system: You are a helpful assistant.
user:
Analyze the provided spectrum to determine if it is a **S-type Star**.

- **Key Indicators for S-type Star:**

    - **(Overall Spectrum Shape):** The first and most obvious characteristic is the overall continuum (the "baseline" shape). It is **extremely "red-sloping,"** meaning the flux (light intensity) is very low on the left side (blue, ~4000-4500 Å) and rises steeply and continuously toward the right side (red, ~7000 Å+).

    - **(Primary):** The spectrum is defined by the presence of strong, broad molecular absorption "valleys" (bands) from **Zirconium Oxide (ZrO)**. The identification of these bands is the **primary requirement** for classifying a star as S-type.
        - **(Key Bandheads):** You must find distinct, deep "dips" where the light has been absorbed. The most critical band systems to locate are:
            - **~6474 Å** ($\gamma$-system): This is often the strongest and clearest ZrO feature, found in the red part of the spectrum.
            - **~5718 Å** & **~5551 Å** ($\beta$-system): A pair of prominent absorption features in the yellow-orange part of the spectrum.
            - **~4640 Å** ($\alpha$-system): A key absorption band system in the blue-green region of the spectrum.

    - **(Secondary Confirmation):** The classification is strengthened by finding additional absorption bands from other related heavy element oxides, which are expected to be present alongside ZrO.
        - **(Key Bandheads):**
            - **Yttrium Oxide (YO):** Look for absorption dips near **~4800 Å** and **~6100 Å**.
            - **Lanthanum Oxide (LaO):** Additional absorption features, particularly in the red-orange part of the spectrum, are also characteristic.

    - **(Line Profile):** The combination of the steep red continuum and these numerous, deep molecular bands (ZrO, YO, etc.) gives the entire spectrum a very **"chopped-up"** or **"bumpy"** appearance. Instead of a smooth curve, the spectrum looks as though large, wide chunks of light have been "carved out" of it at the specific wavelengths listed above.

Think first, call **spectral_visualization_tool** if needed to examine features in detail, then provide your final answer. Your response must adhere to the following strict rules:
1.  **Overall Structure:** Your response must follow the format `<think>...</think> <tool_call>...</tool_call> (if a tool is used) <answer>...</answer>`.
2.  **Tool Usage Constraint:** You may only make **one** tool call per turn.
3.  **Final Answer Format:** In the `<answer>` tag, your conclusion must be inside a `\boxed{}` command (e.g., `\boxed{YES}` or `\boxed{NO}`), followed by your justification.

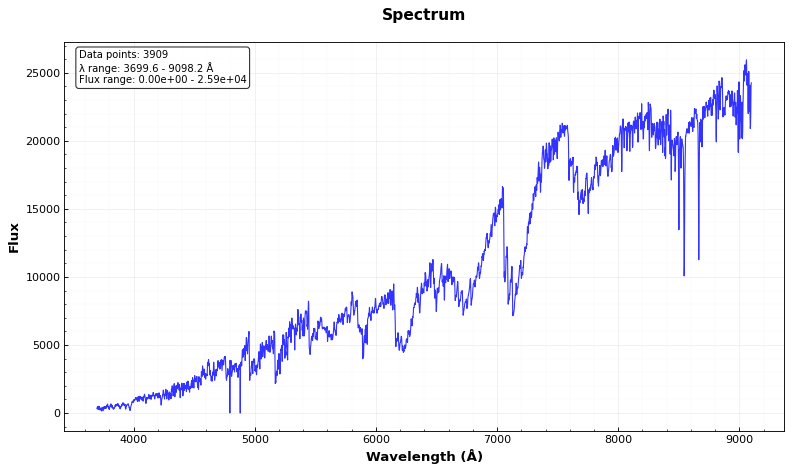
Answer: YES